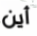
أين